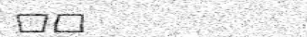
٤٤